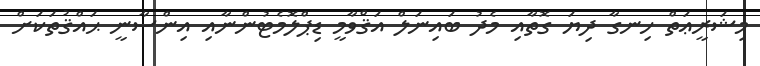
މިޝަރީޢަތް ހިނގާ ދިޔަ ގޮތާއި މެދު ބައިނަލް އަޤްވާމީ ޑިޕްލޮމެޓުންނާއި އިންސާނީ ޙައްޤުތަކަށް